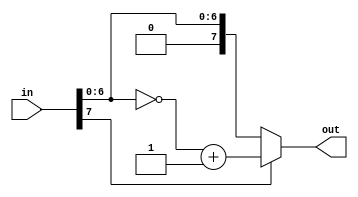
module comp_8bits(in, out);
	input[7:0] in;
	output[7:0] out;
	
	// 根据首位判断处理方式，若首位为0，则补码等于原码，否则除首位外求反再加1
	assign out = (in[7] == 1'b0) ? in : {in[7], (~in[6:0] + 1)};
endmodule